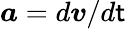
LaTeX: \boldsymbol{a}=d\boldsymbol{v}/d\mathsf{t}